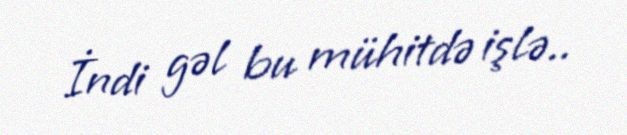
İndi gəl bu mühitdə işlə..